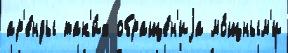
ар'е́нды так'и́х обраще́н'иjа мо́щным'и